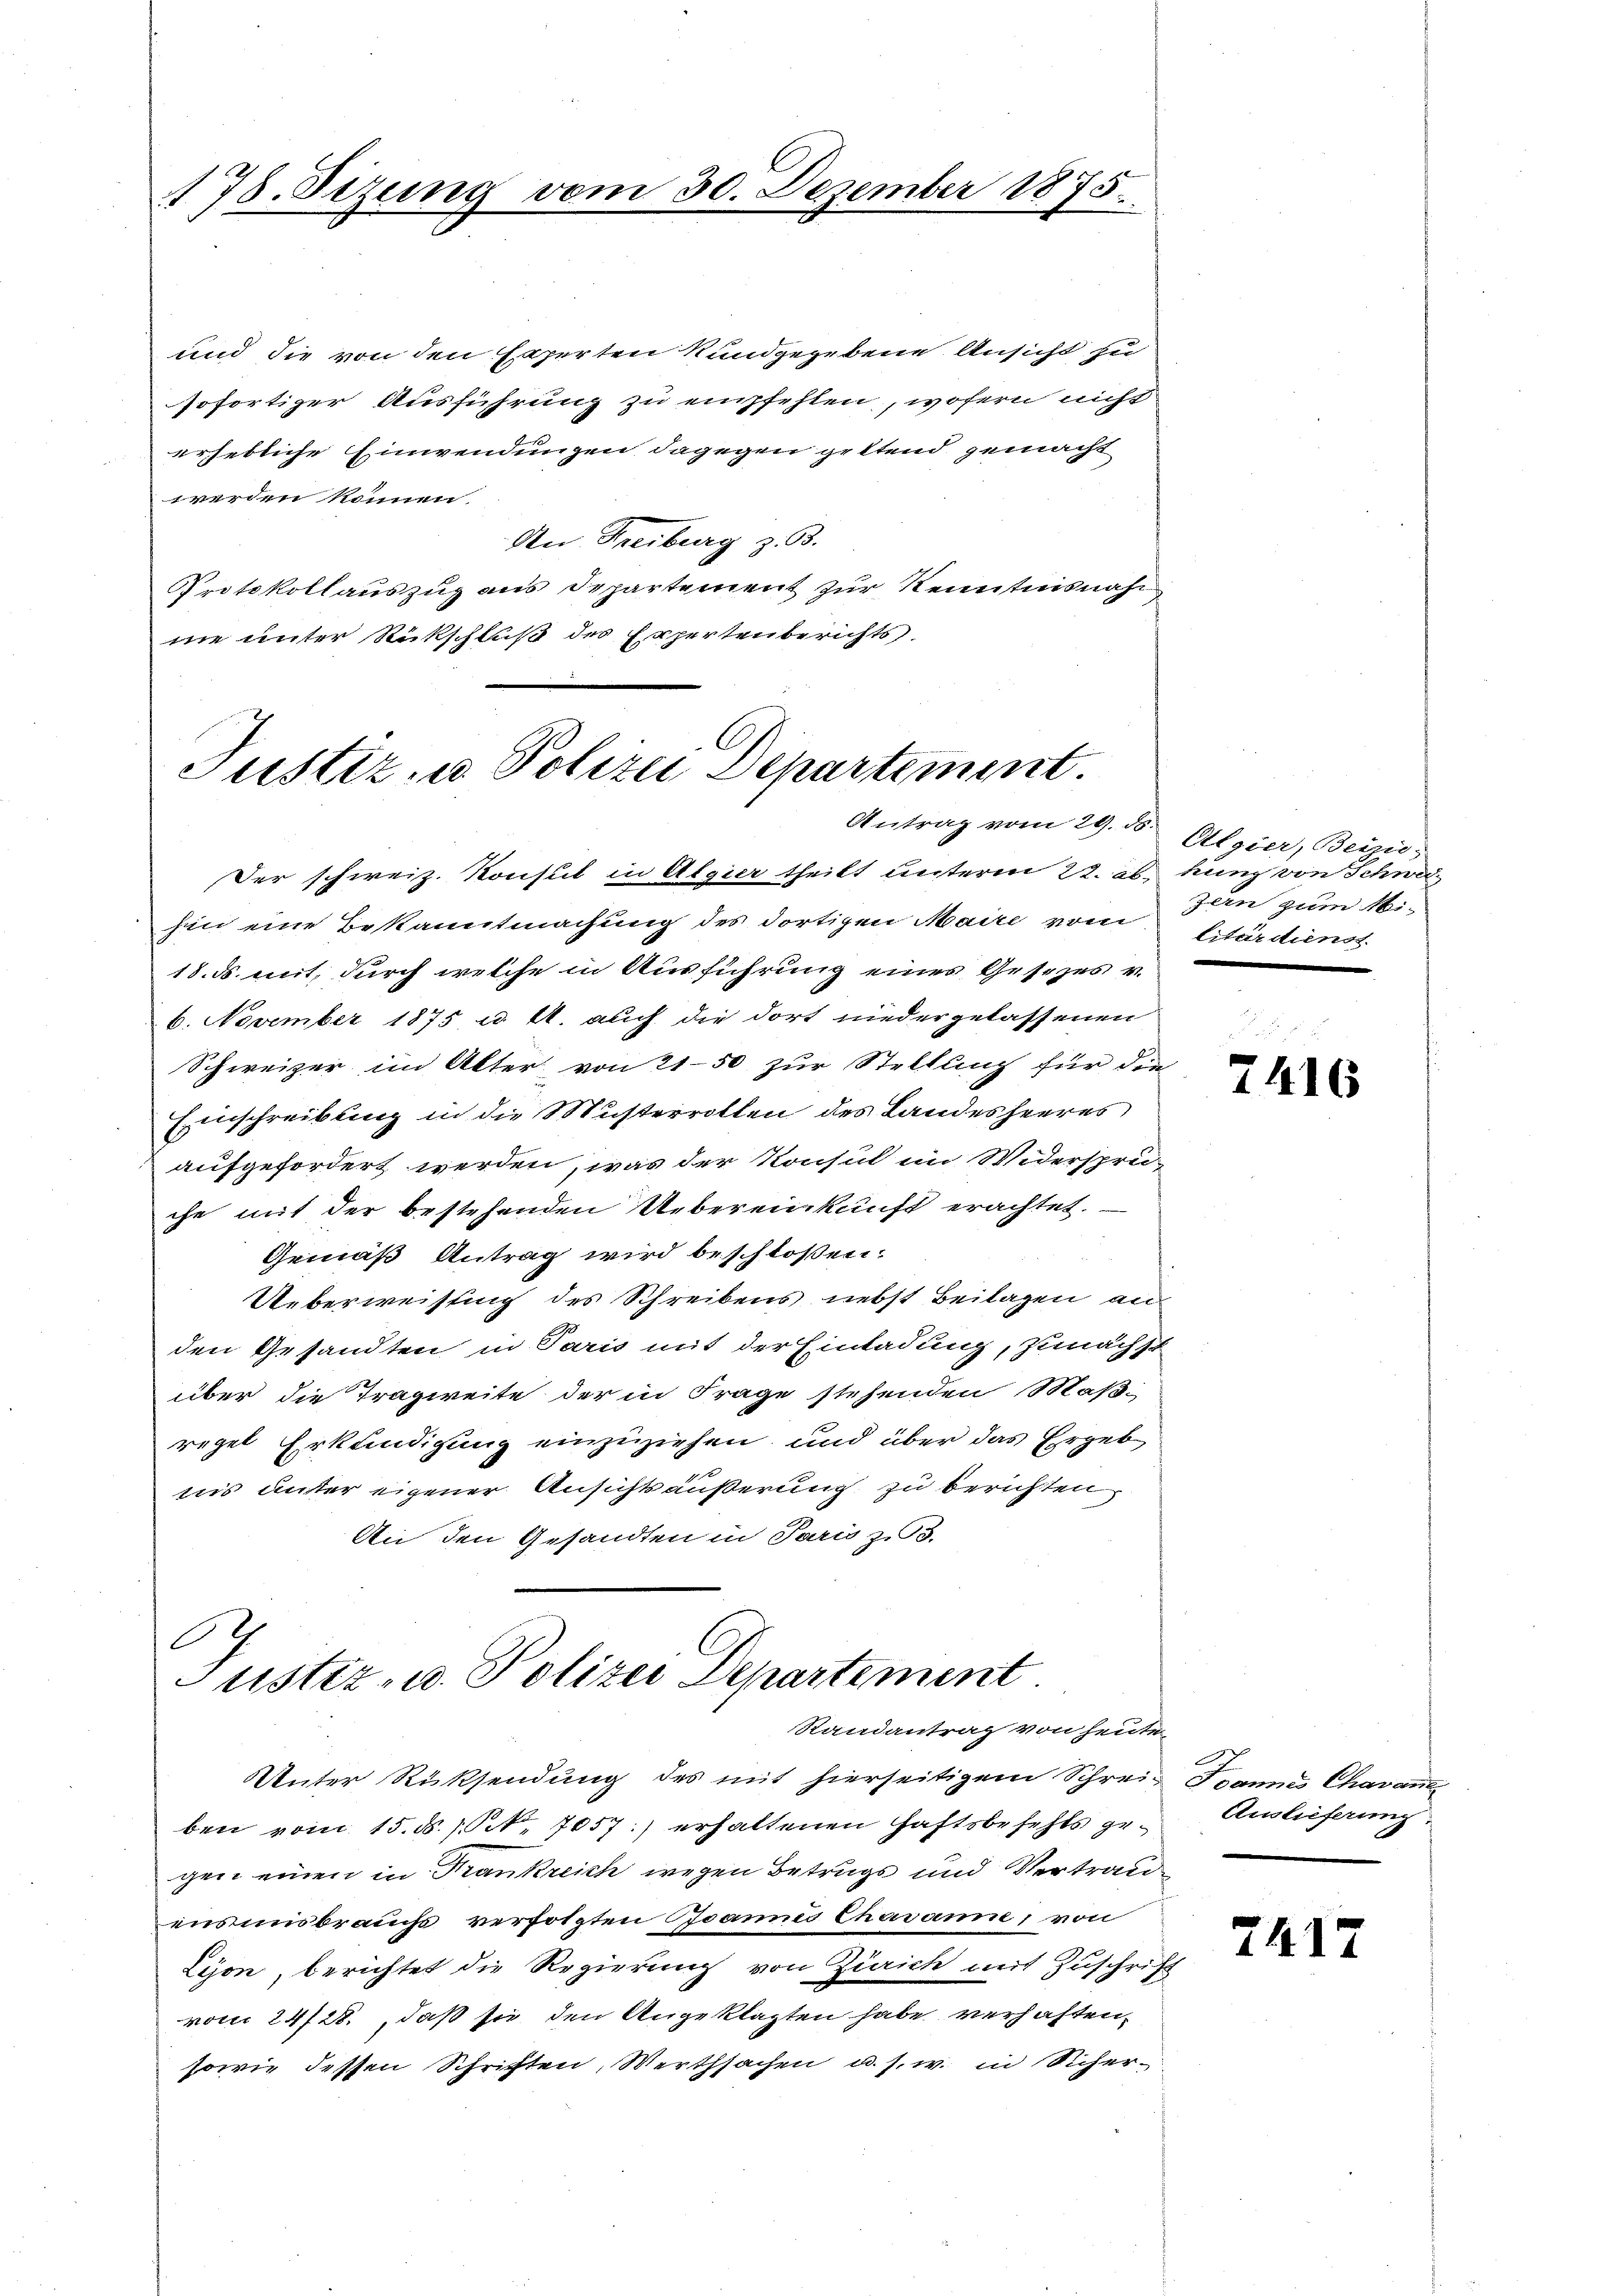
178. Sizung vom 30. Dezember 1875.

und die von den Experten Kundgegebene Ansicht zu
sofortiger Ausführung zu empfehlen, wofern nicht
erhebliche Einwendungen dagegen geltend gemacht
werden können.
An Freiburg z. B.
Protokollauszug aus Departement zur Kenntnisnah
ne unter Rückschluß des Expertenberichts.

Justiz- u. Polizei Departement.

Der schweiz. Konsul in Algier theilt unterm 22. ab hung von Schwei
hin eine Bekanntmachung des dortigen Maire vom Stärdienst
18. ds. mit, durch welche in Ausführung eines Gesezes v.
6. November 1875 u. fl. auch die dort niedergelassenen
Schweizer im Alter von 21-50 zur Stellung für die
Einschreibung in die Musterrollen des Landesheeres
aufgefordert werden, was der Konsul im Widersprüche mit der bestehenden Uebereinkunft erachtet.
Gemäß Antrag wird beschloßen:
Ueberweistung des Schreibens nebst Beilagen an
den Gesandten in Paris mit der Einladung, zunächst
über die Tragweite der in Frage stehenden Maßregel Erkundigung einzuziehen und über das Ergeb
tiis unter eigener Ansichts äußerung zu berichten
An den Gesandten in Paris zu 5.

12
Justiz- u. Polizei Departement.
Randantrag von heute

Unter Rücksendung des mit hierseitigem Schrei- Ivan Chavant
ben vom 15. d. 1. 7057) erhaltenen Haftsbefehls gegen einen in Frankreich wegen Betrugs und Vertraue
ensmisbraucht verfolgten Joannes Chavanne, von
Lyon, berichtet die Regierung von Zürich mit Zuschrift
vom 24/28., daß sie den Angeklagten habe verhaften,
sowie dessen Schriften, Werthsachen u. s. w. in Sicher-

Antrag vom 29. ds. Algier, Beizić,
zern zum Mi¬

7416

Auslieferung

2417